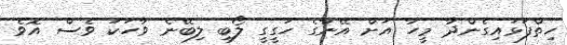
ހިތްފަޅައިގެންދާ މީހާ އަށް އޭނާގެ ހަގީގީ ލޯބި ލިބޭނެ ވާހަކަ ވެސް އޮވެ